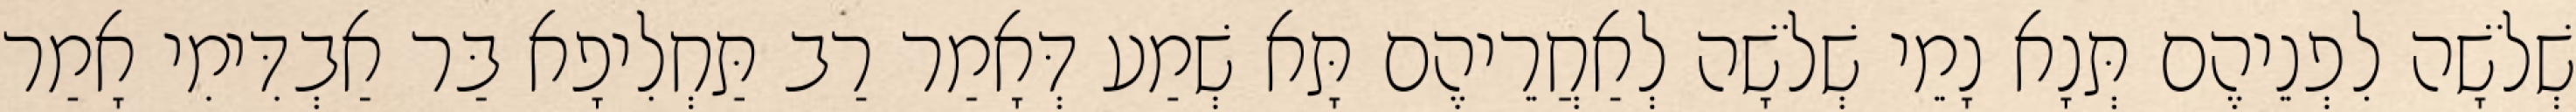
שְׁלֹשָׁה לִפְנֵיהֶם תְּנָא נָמֵי שְׁלֹשָׁה לְאַחֲרֵיהֶם תָּא שְׁמַע דְּאָמַר רַב תַּחְלִיפָא בַּר אַבְדִּימִי אָמַר